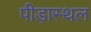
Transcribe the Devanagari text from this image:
पीड़ास्थल